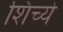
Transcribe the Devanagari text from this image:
शिच्ये